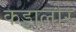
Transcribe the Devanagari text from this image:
कड्डालोर